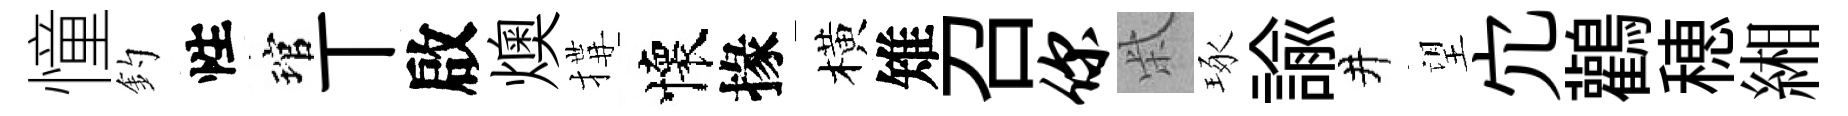
憧釣性琯丅啟燠搆懷掾橫雉召你柴琢諭井望宂鸛穂緗